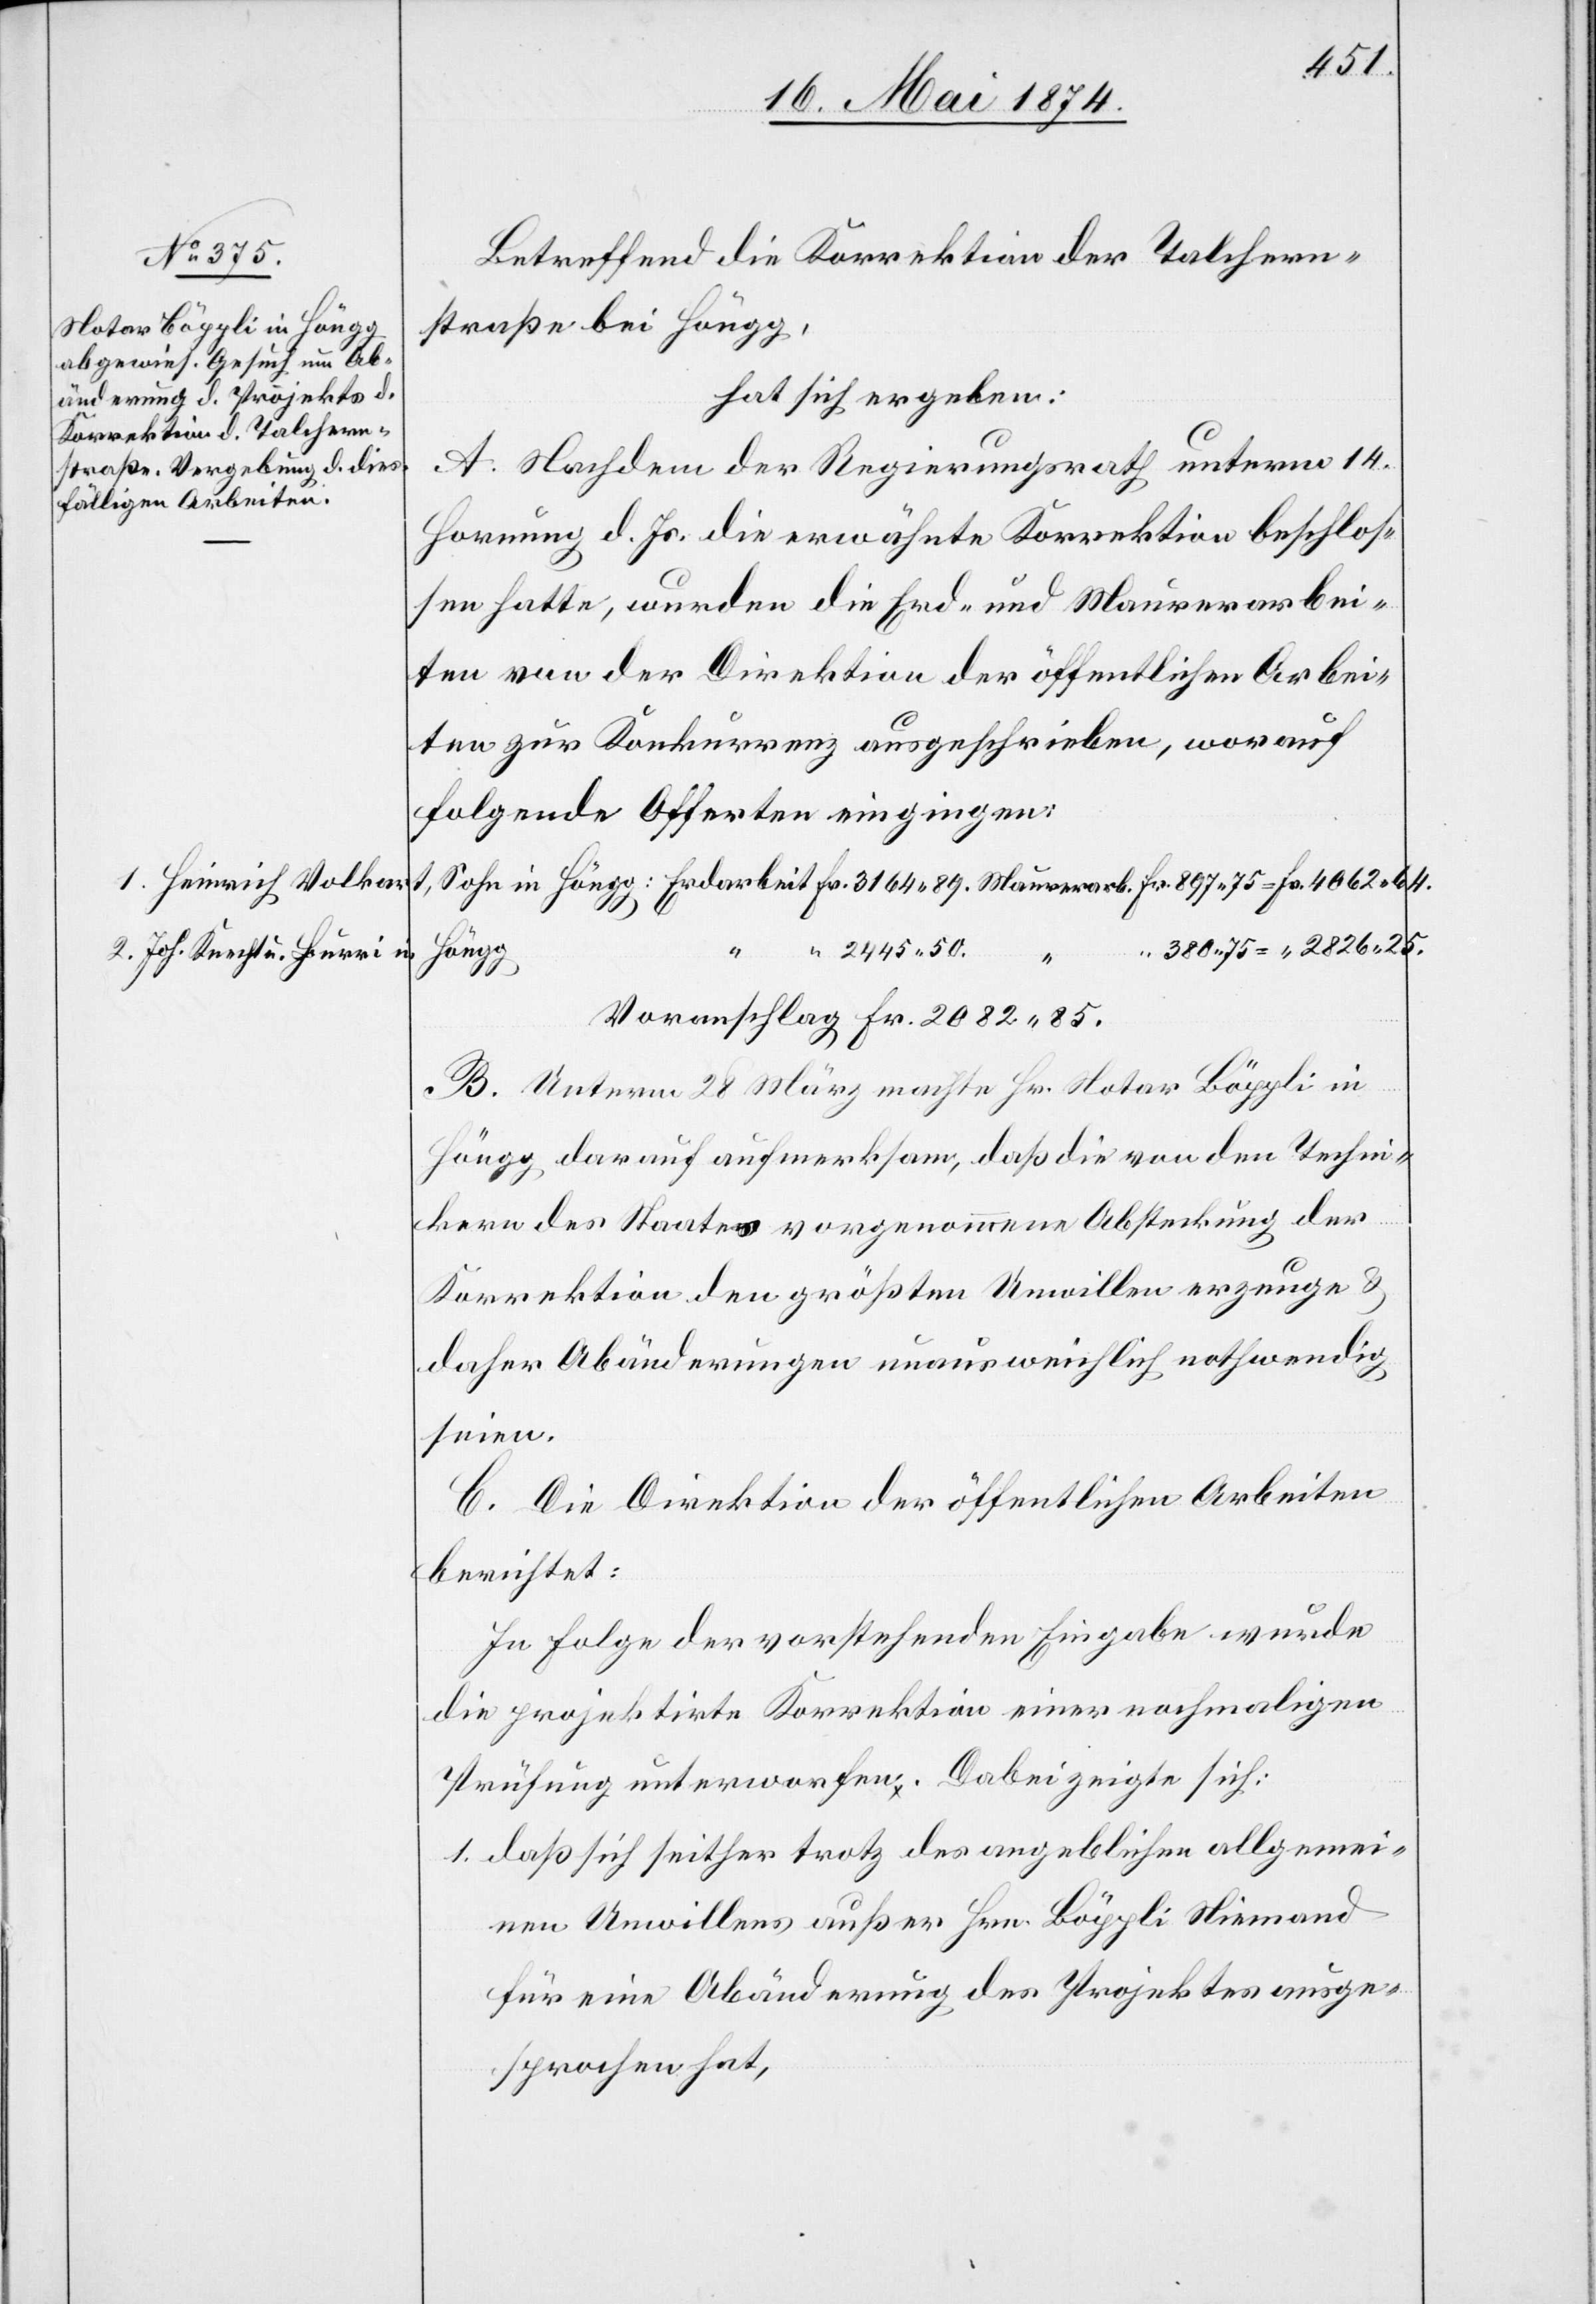
1. Heinrich Volkert,
2. Joh. Knecht u. Burri in

Fr.
Betreffend die Korrektion der Talchern¬
straße bei Höngg,
hat sich ergeben,
A. Nachdem der Regierungsrath unterm 14.
Hornung d. Js. die erwähnte Korrektion beschlos¬
sen hatte, wurden die Erd- und Maurerarbei¬
ten von der Direktion der öffentlichen Arbei¬
ten zur Konkurrenz ausgeschrieben, worauf
folgende Offerten eingingen:
Maurera¬
rb.
B. Unterm 28. März machte Hr. Notar Böppli in
Höngg, darauf aufmerksam, daß die von den Techni¬
kern des Staates vorgenommene Absteckung der
Korrektion den größten Unwillen erzeuge u.
daher Abänderungen unausweichlich nothwendig
seien.
C. Die Direktion der öffentlichen Arbeiten
berichtet:
In Folge der vorstehenden Eingabe wurde
die projektirte Korrektion einer nochmaligen
Prüfung unterworfen. Dabei zeigte sich:
1. Daß sich seither trotz des angeblichen allgemei¬
nen Unwillens außer Hrn. Böppli Niemand
für eine Abänderung des Projektes ausge¬
sprochen hat,